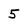
Character: 5